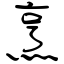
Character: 烹